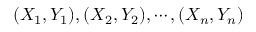
( X _ { 1 } , Y _ { 1 } ) , ( X _ { 2 } , Y _ { 2 } ) , \cdots , ( X _ { n } , Y _ { n } )